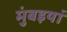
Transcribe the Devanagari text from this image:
मुंबइयां